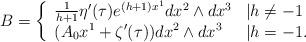
LaTeX: \begin{align*}B=\left\{\begin{array}{ll}\frac{1}{h+1}\eta^{\prime}(\tau)e^{(h+1)x^1}dx^2\wedge dx^3 &|h\neq -1 \\(A_0x^1+\zeta^{\prime}(\tau))dx^2\wedge dx^3 & |h=-1.\end{array} \right.\end{align*}